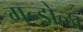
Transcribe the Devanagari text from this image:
गन्डोळा